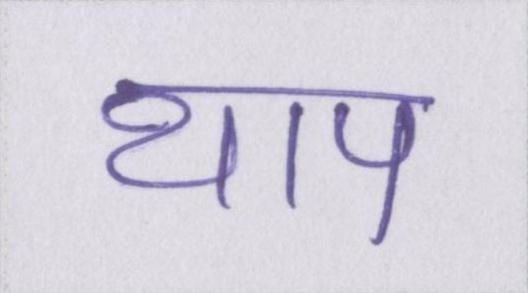
थाप